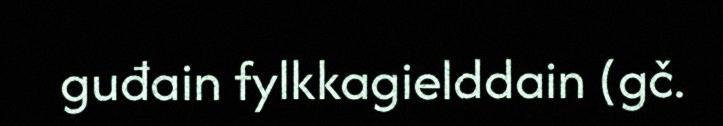
guđain fylkkagielddain (gč.